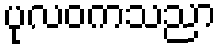
ပုလဝကသညာ